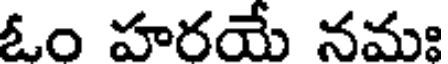
ఓం హరయే నమః